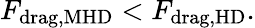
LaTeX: F_{\mathrm{drag,MHD}}<F_{\mathrm{drag,HD}}.